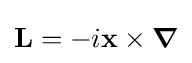
\mathbf {L} =-i\mathbf {x} \times {\boldsymbol {\nabla }}